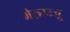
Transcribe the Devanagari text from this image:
मेरुरज्जू